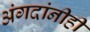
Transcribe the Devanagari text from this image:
अंगदांनीही